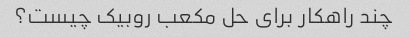
چند راهکار برای حل مکعب روبیک چیست؟